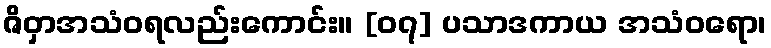
ဇိဝှာအသံဝရလည်းကောင်း။ [၀၇] ပသာဒကာယ အသံဝရော၊